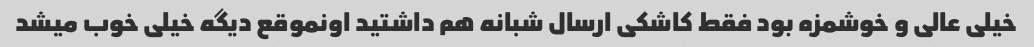
خیلی عالی و خوشمزه بود فقط کاشکی ارسال شبانه هم داشتید اونموقع دیگه خیلی خوب میشد